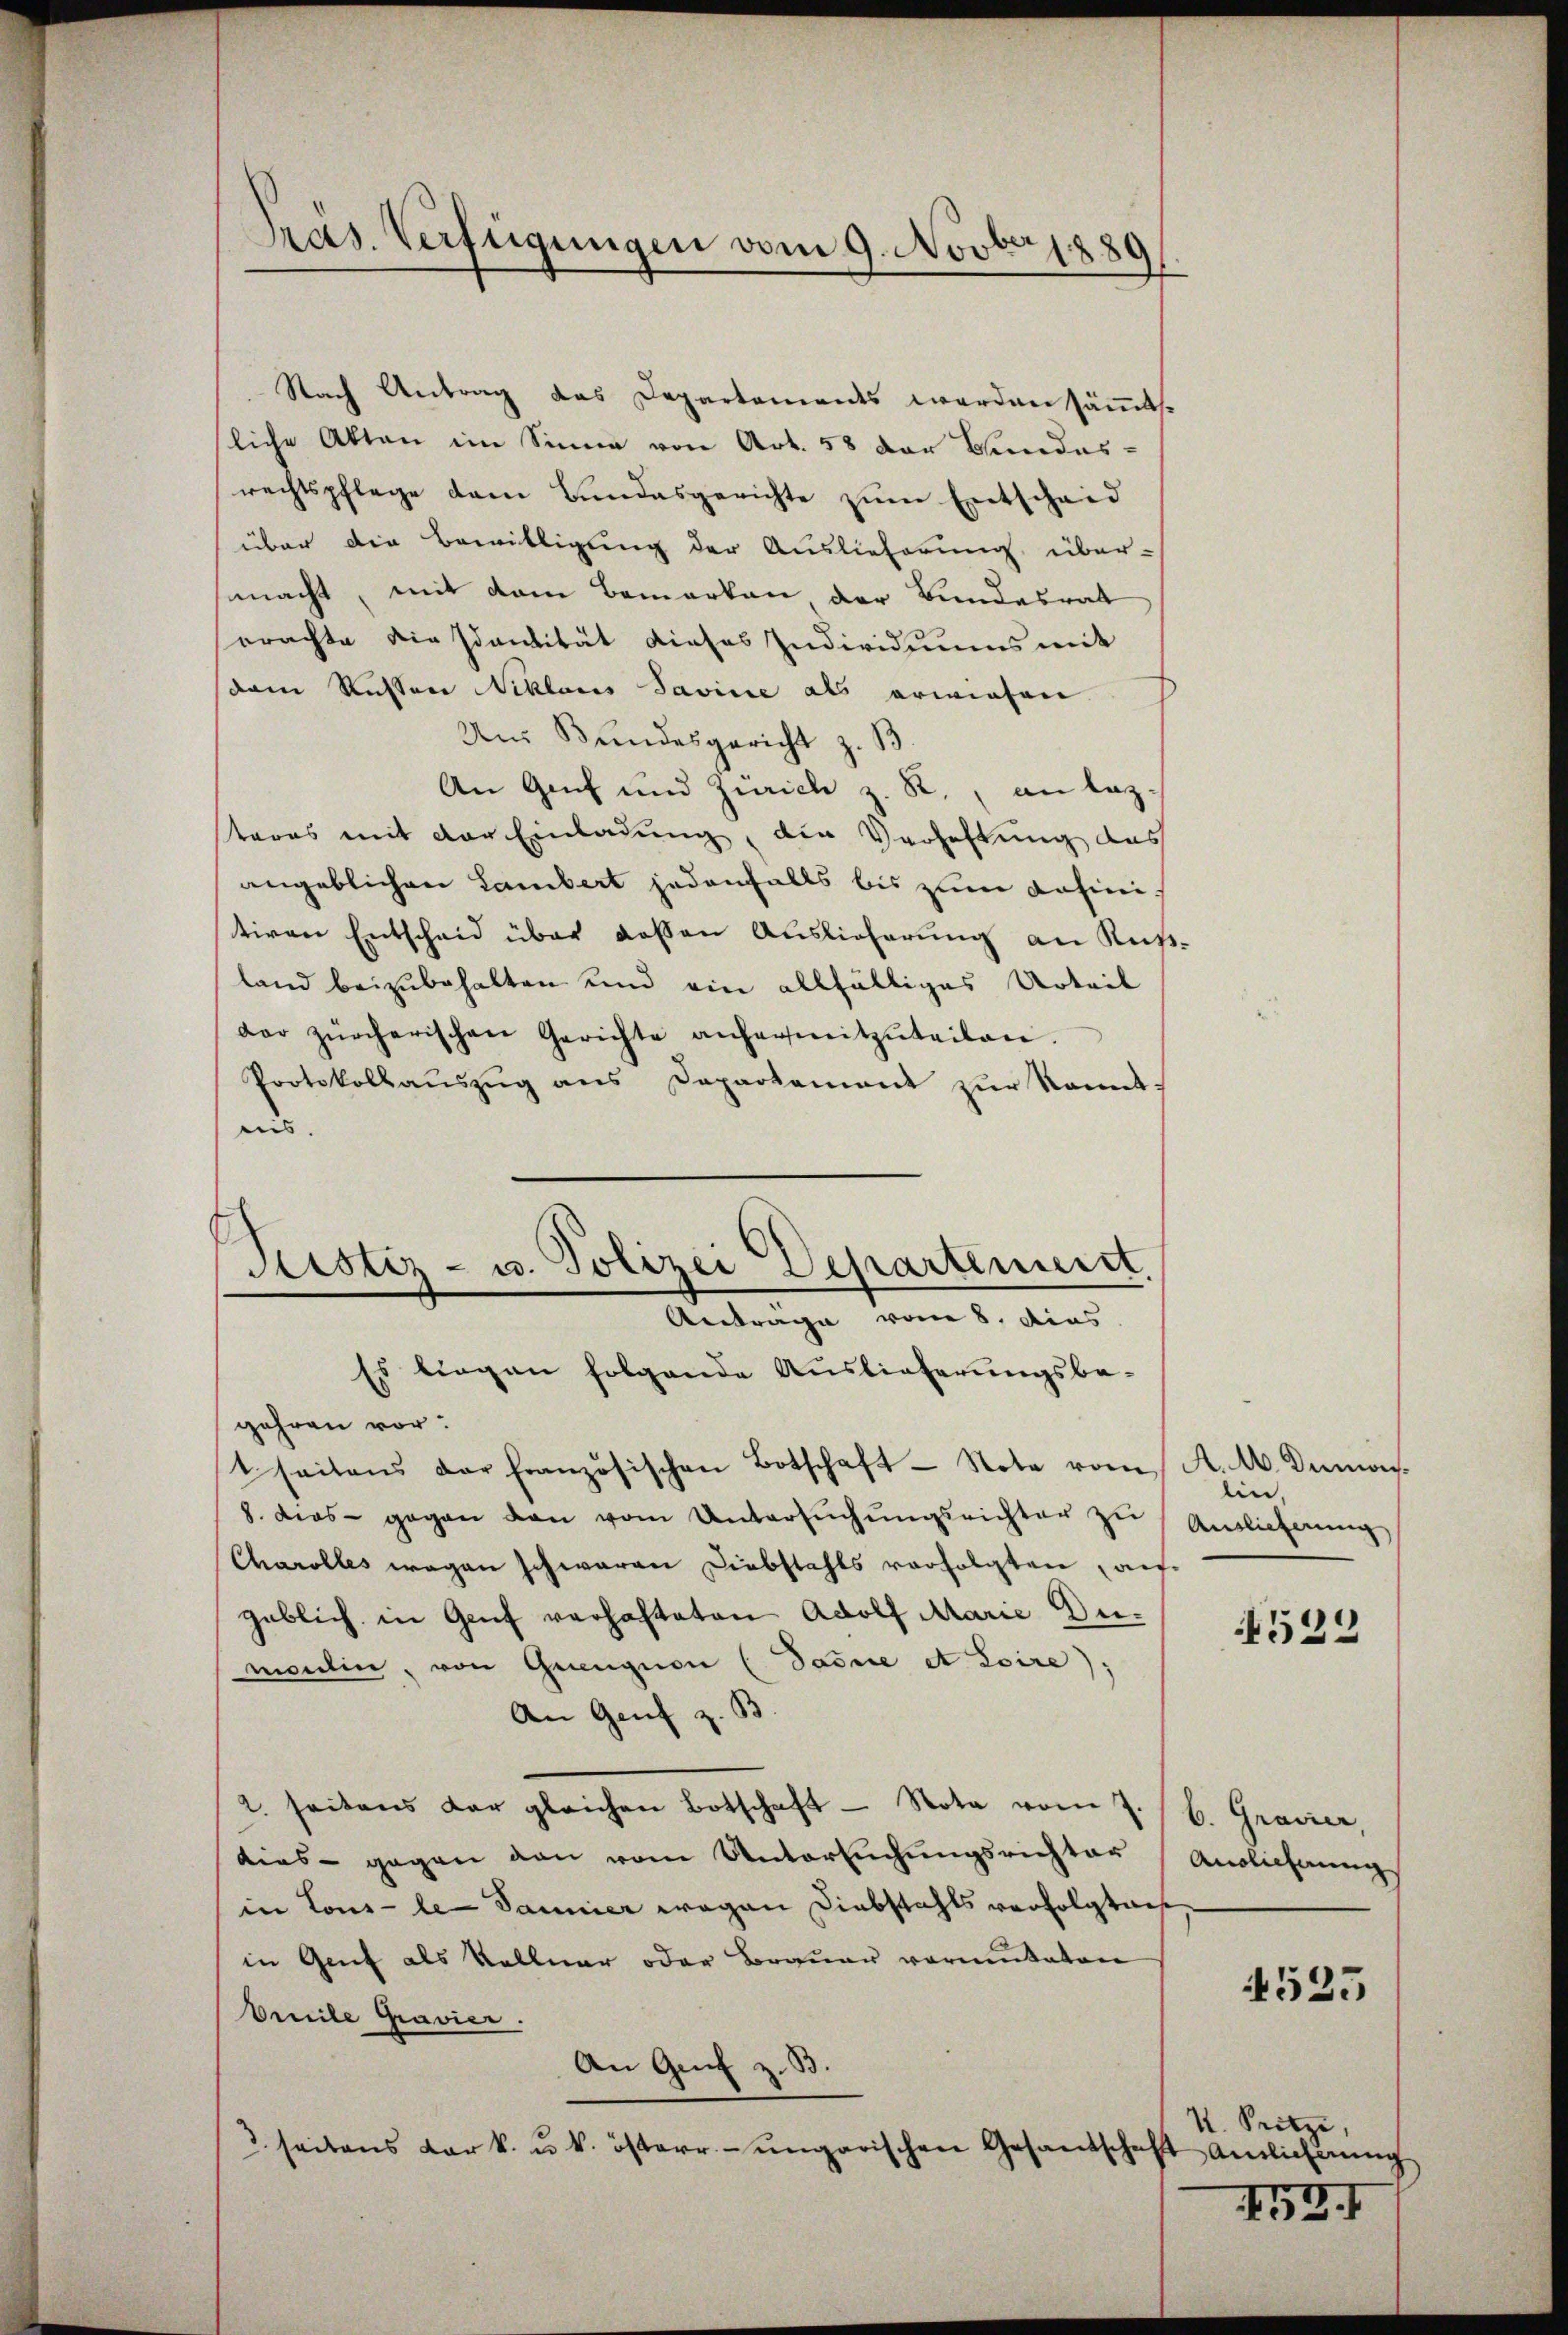
Pras. Verfügungen vom 9. Novber 1889

Nach Antrag das Departements werden sämt.
liche Akten im Sinne von Art. 58 der Bundes-
rechtspflege dem Bundesgerichte zum Entscheid
über die Bewilligung der Auslieferung über-
macht, mit dem Bemerken der Bundesrat
sprachte die Idantität dieses Individuums mit
dem Richten Niklaus Savine als erwiesen.
Ans Bundesgericht z. B.
An Genf und Zürich z. R., an lasteres mit der Einladung, die Verhaftung das
angeblichen Lambert jedenfalls bis zum dahinistiren Entscheid über dassen Auslieferung an Rußland beizubehalten und ein allfälliges Urteil
der zürcherischen Gerichte anhereitzŭteilen.
Protokollaŭszŭg ans Departement zŭr kannt,
es.
gehren vor:
saitens der Französischen Botschaft - Note vom A. A. Dumon
8. dies gegen den vom Untersŭchŭngsrichter zŭ Auslieferŭng
Charolles wegen schwaren Diebstahls verfolgten, angeblich in Genf verhafteten Adolf Marie Dumoulin, von Grenzion (Tanne et toire);
An Genf z. B
2. seitens der gleichen Botschaft Nota vom 7. B. Grauer,
dies gegen von vom Untersŭchŭngsrichter (Auslichungs
in Lous-le-Sammer wegen Diebstahls verfolgten
in Genf als Kellner oder Brauer vormitaten
Beeile Gravier.
An Genf z. B
 seitens Kark. u. k. österr.-ungarischen Gesandschaft Antlichnŭng

Justiz- u. Polizei Departement.
Antrage vom 8. dies
Es liegen folgende Auslieferungsbe¬

lin,

4523

4525

4. Seitze,

452